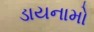
ડાયનામો